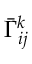
\bar { \Gamma } _ { i j } ^ { k }